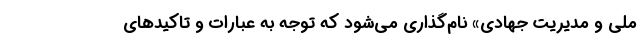
ملی و مدیریت جهادی» نام‌گذاری می‌شود که توجه به عبارات و تاکیدهای